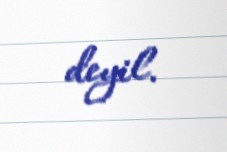
deyil.